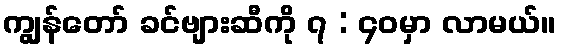
ကျွန်တော် ခင်ဗျားဆီကို ၇ : ၄၀မှာ လာမယ်။